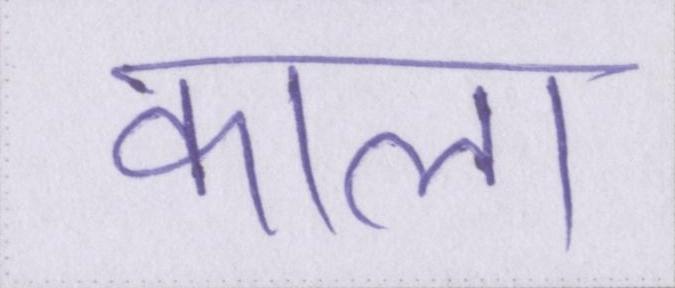
काला